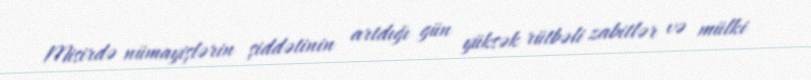
Misirdə nümayişlərin şiddətinin artdığı gün yüksək rütbəli zabitlər və mülki